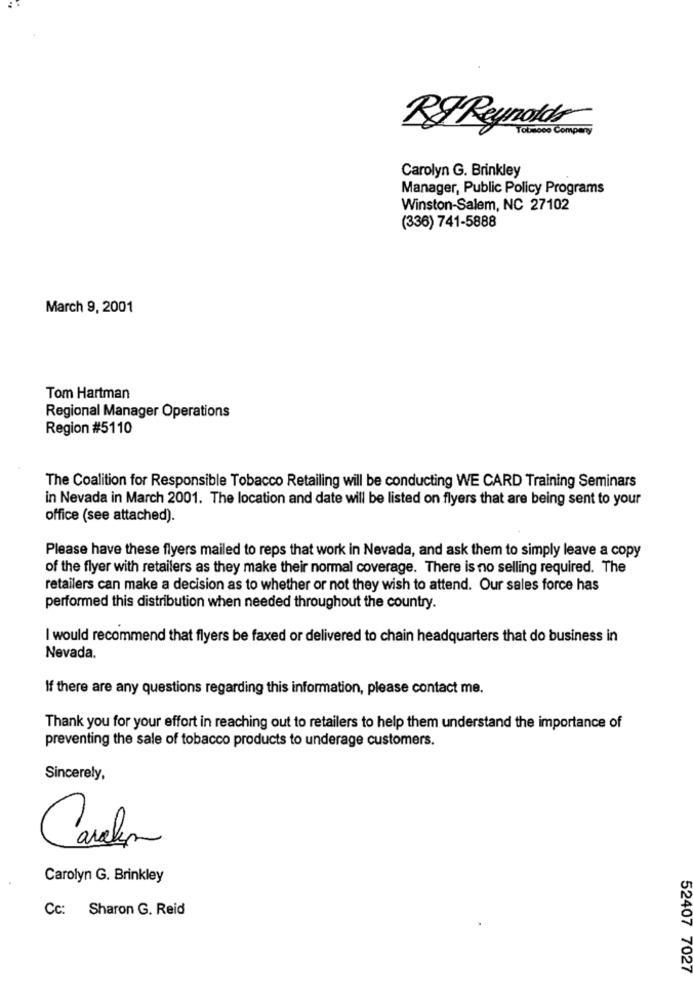
RFReynolds
Tousces Company
Carolyn G. Brinkley
Manager, Public Policy Programs
Winston-Salem, NC 27102
(336) 741-5888
March 9, 2001
Tom Hartman
Regional Manager Operations
Region #5110
The Coalition for Responsible Tobacco Retailing will be conducting WE CARD Training Seminars
in Nevada in March 2001. The location and date will be listed on flyers that are being sent to your
office (see attached).
Please have these flyers mailed to reps that work in Nevada, and ask them to simply leave a copy
of the flyer with retailers as they make their normal coverage. There is no selling required. The
retailers can make a decision as to whether or not they wish to attend. Our sales force has
performed this distribution when needed throughout the country.
I would recommend that flyers be faxed or delivered to chain headquarters that do business in
Nevada.
If there are any questions regarding this information, please contact me.
Thank you for your effort in reaching out to retailers to help them understand the importance of
preventing the sale of tobacco products to underage customers.
Sincerely,
Careler
Carolyn G. Brinkley
Cc: Sharon G. Reid
52407 7027